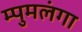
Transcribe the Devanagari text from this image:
म्पुमलंगा